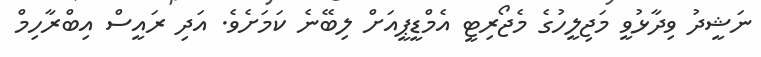
ނަޝީދު ވިދާޅުވީ މަޖިލީހުގެ މެޖޯރިޓީ އެމްޑީޕީއަށް ލިބޭނެ ކަމަށެވެ. އަދި ރައީސް އިބްރާހިމް